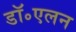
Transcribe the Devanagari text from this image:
डॉ॰एलन